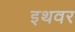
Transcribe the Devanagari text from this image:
इथवर